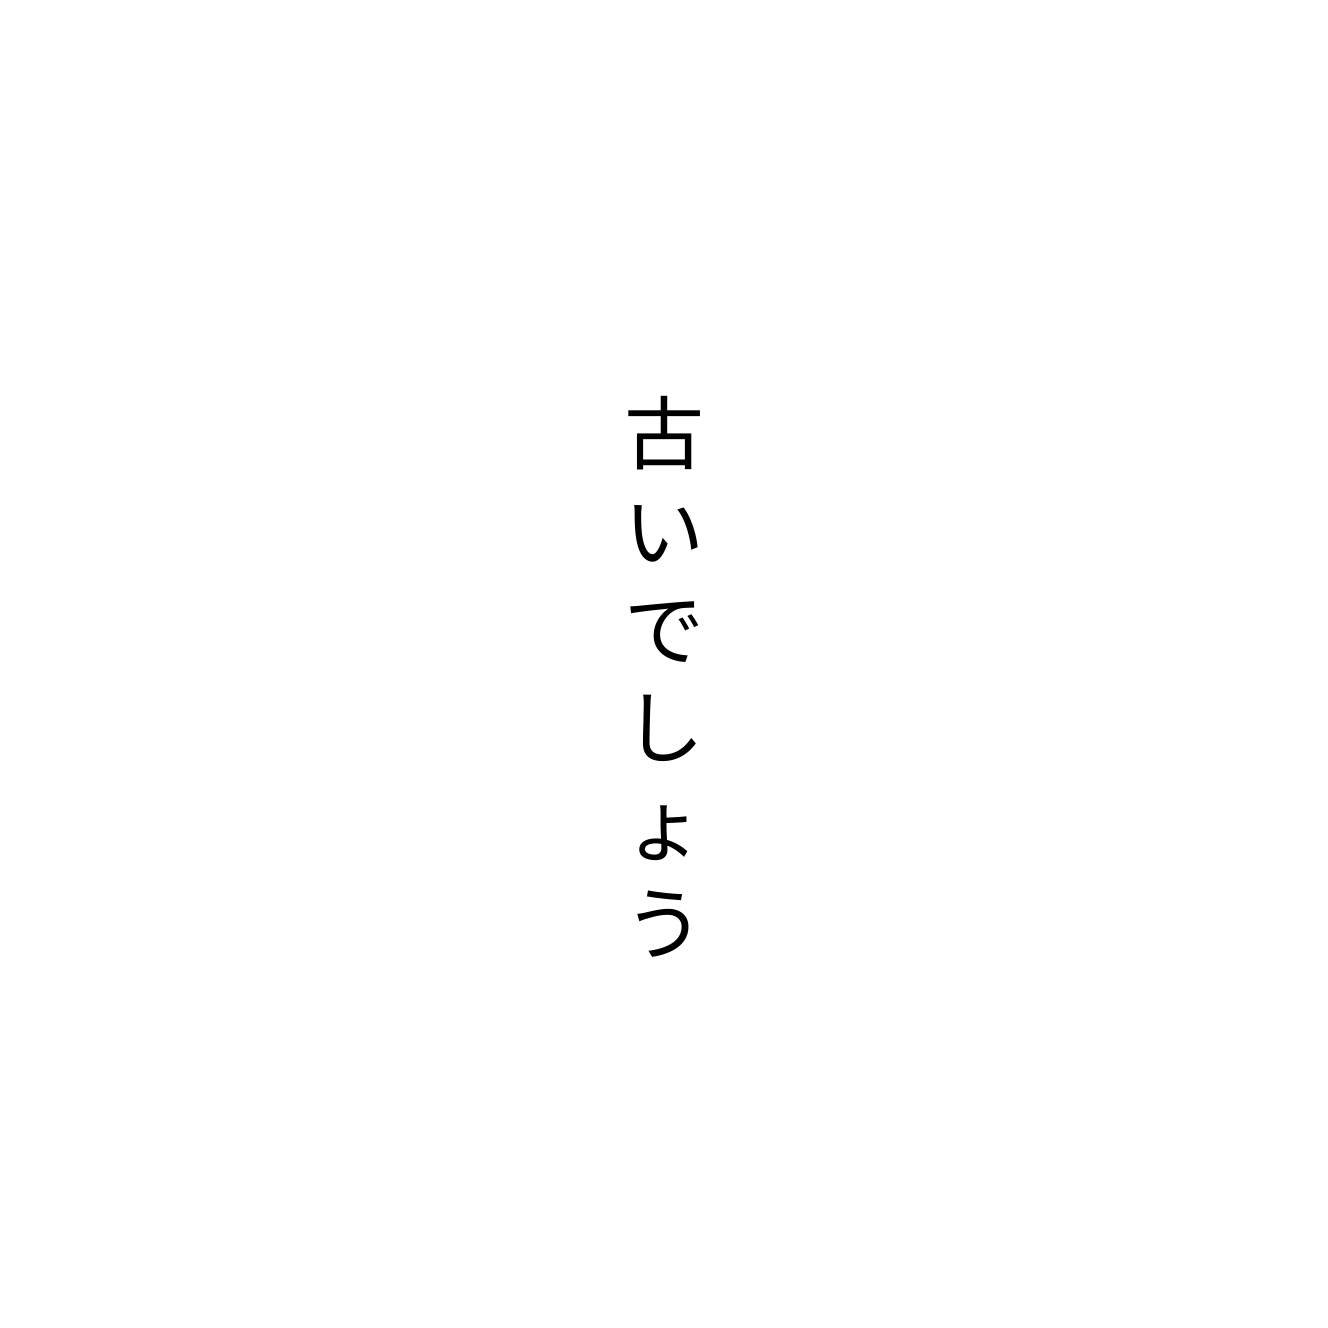
古いでしょう